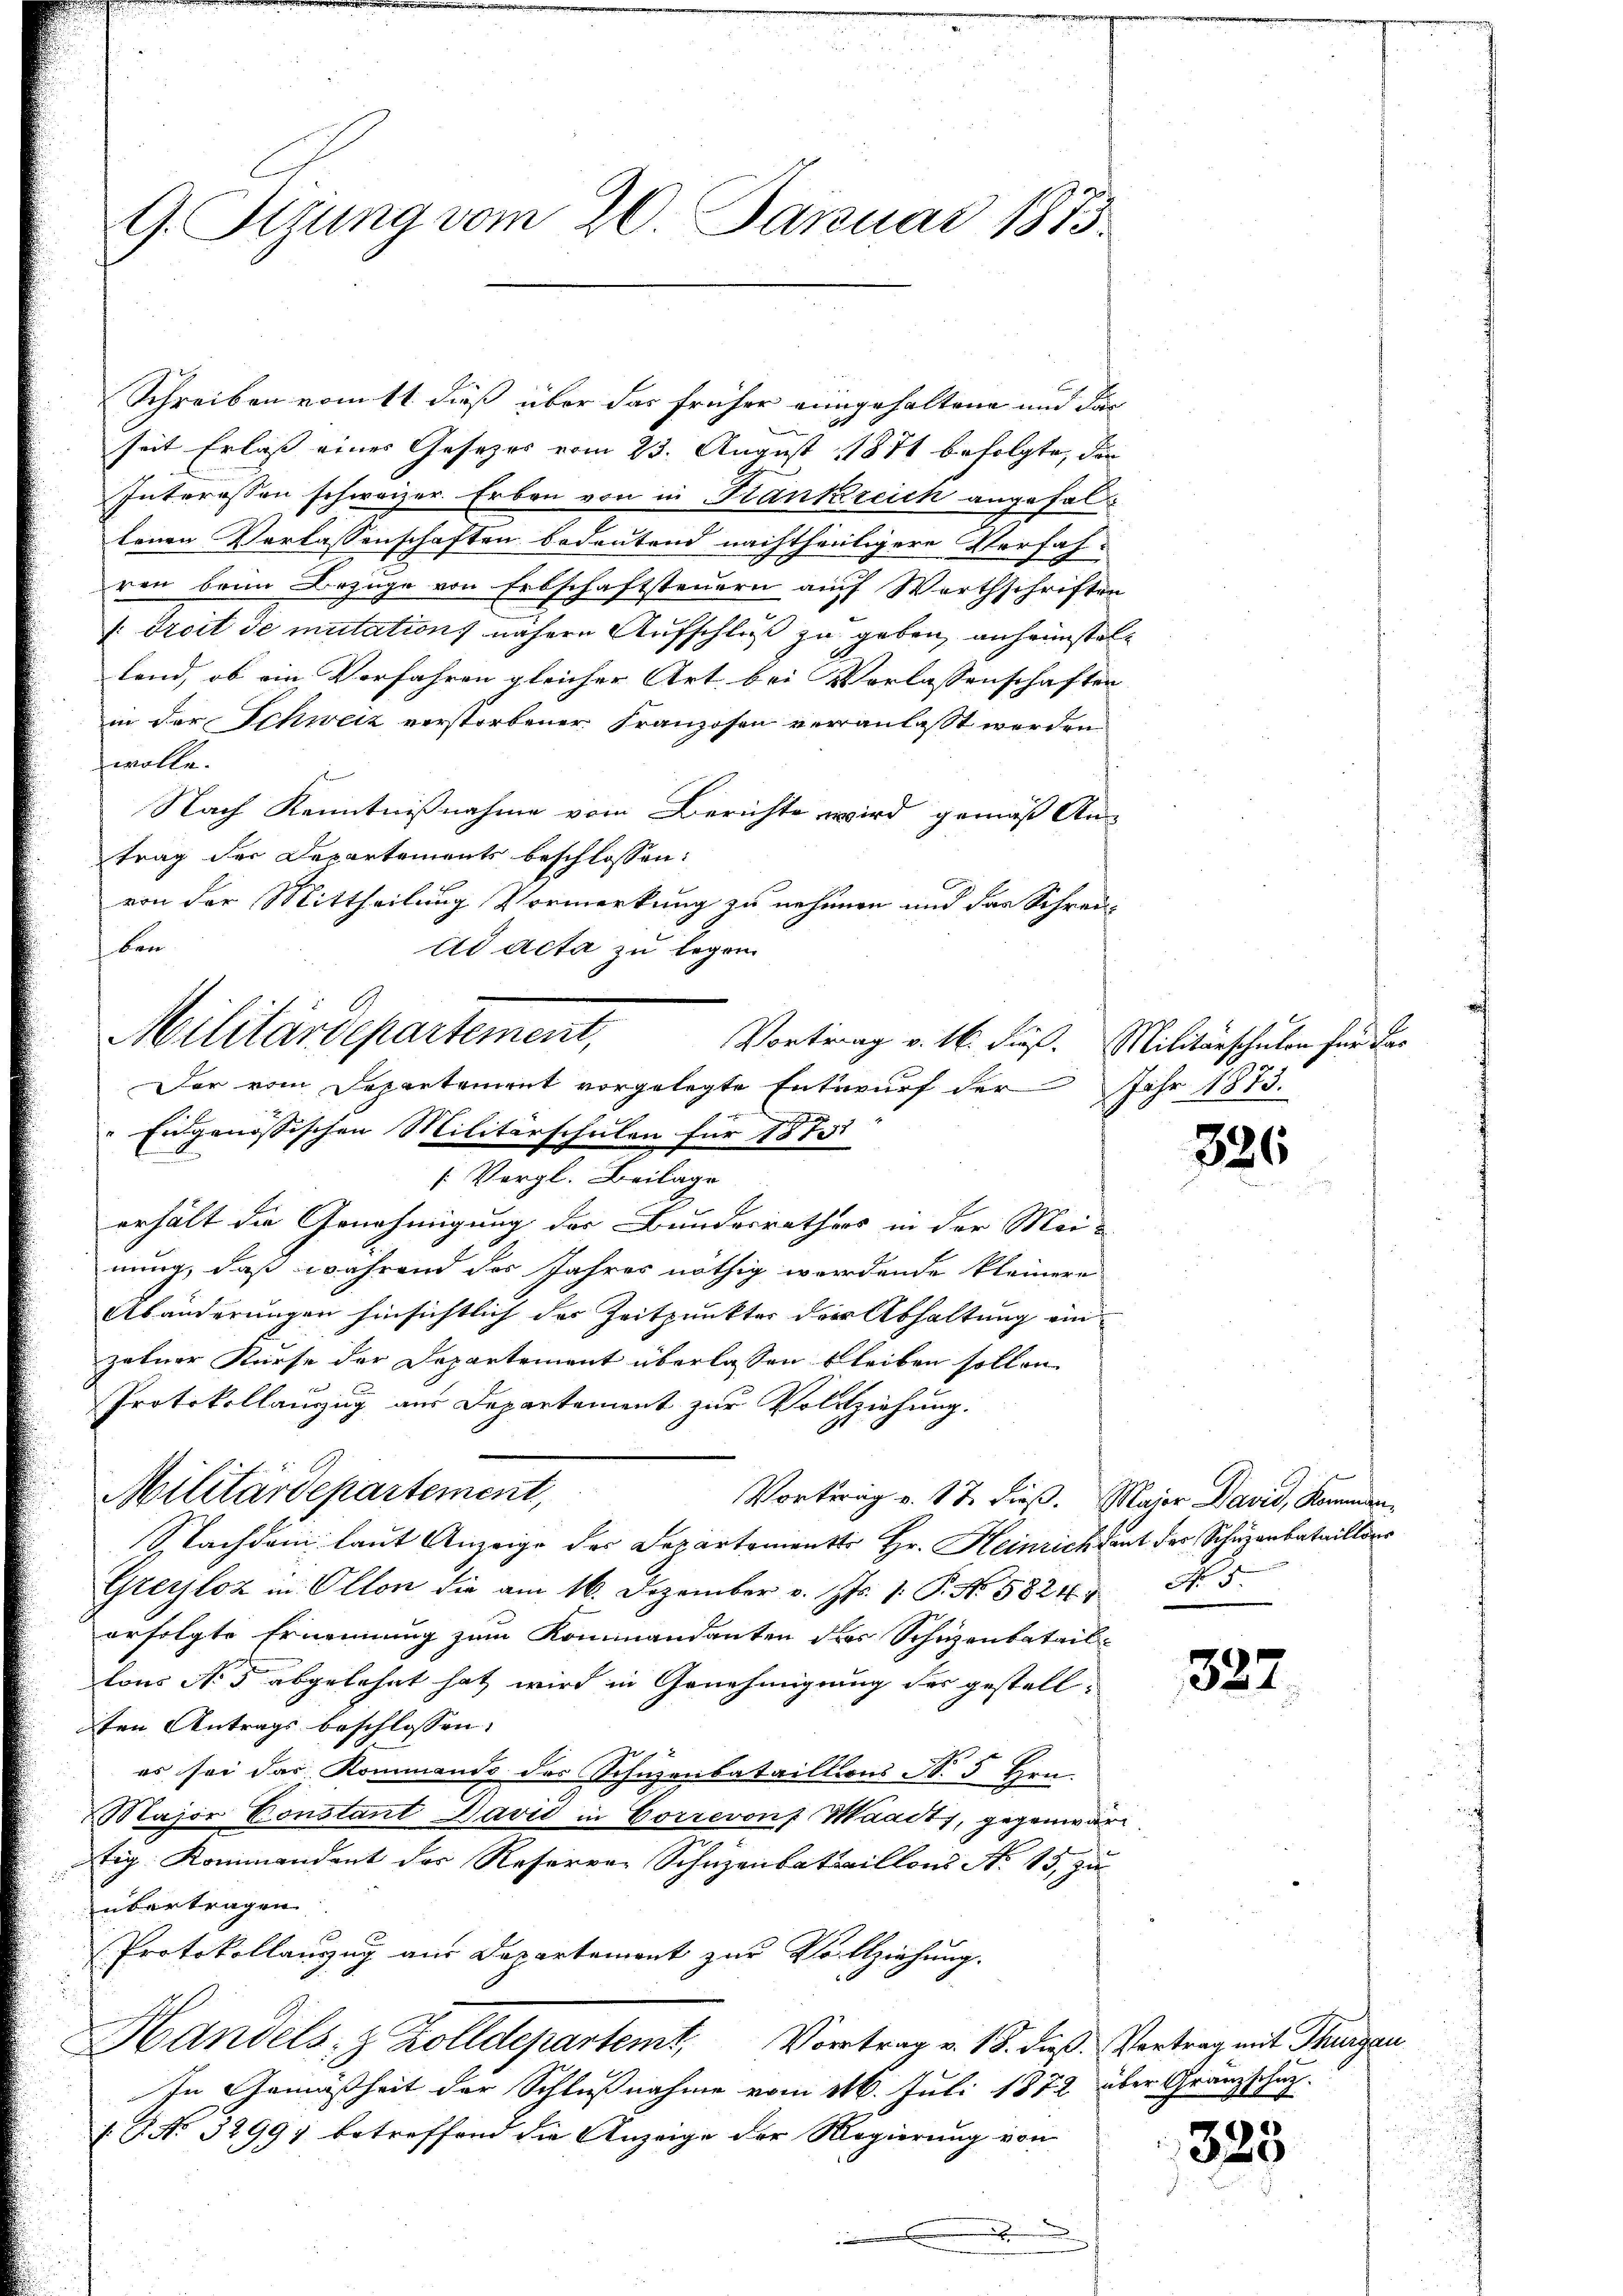
G. Tigung vom 20. Januar 1875.

seit Erlass eines Gesetzes vom 23. August 11871 befolgte, die
Interessen schweizer. Erben von in Krankreich angefal
tenen Verlassenschaften bedeutend nachtheiligere Verfah-
ren beim Bezüge von Erbschaftsteuern auf Werthschriften
: droit de mutation nähere Aufschluß zu geben, anheimstelland, ob ein Vorfahren gleicher Art bei Vorlassenschaften
in der Schweiz verstorbener Franzosen veranlasst werden
wolle.
Nach Kenntnißnahme vom Berichte wird gemäß Antrag der Departements beschlossen:
von der Mittheilung Vormerkung zu nehmen und das Schreiken
Ad acta zu legen.
" Eidgenössischen Militärschulen für 1875
[Vergl. Beilage
erhält die Genehmigung der Bundesrathes in der Meinung, daß während des Jahres nöthig werdende kleinere
Abänderungen hinsichtlich des Zeitpunkter der Abhaltung ein
zelner Kurse der Departement überlassen bleiben sollen
Protokollanzug aus Departement zur Vollziehung.
Militärdepartement,
Vortrag v. 17. dieß. Major David, Kommen¬
Nachdem laut Anzeige des Departementes Hr. Heinrichtent der Schuzenbataillons
Grerjloz in Olton die am 16. Dezember v. Mts. 1. P. Nr. 5824. No. 5.
erfolgte Ernennung zum Kommandanten des Schuzenbataillons No 5 abgelehnt hat wird in Genehmigung des gestellten Antrags beschlossen:
es sei das Kommando des Schuzenbataillions N. 5 Hrn.
Major Konstant David in Correvon Waadt, gegenwärtig Kommandent der Reserver Schuzenbataillons No 15, zu
übertragen
Protokollanzug aus Departement zur Vollziehung.
Handels, z. Zolldepartemt, Vortrag v. 18. dieß Vertrag mit Hungen
In Gemäßheit der Schlußnahme vom 116. Juli 1872 über Granzschutz.
[.P. No. 3299) betreffend die Anzeige der Regierung von
.

Militärdepartement,
Vortrag v. 16. Fuß. Militärschulen für das
Der vom Departement vorgelegte Entwurf der Jahr 1873.

Schreiben vom 11 dieß über das früher eingehaltene und dar

326

327.

325